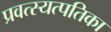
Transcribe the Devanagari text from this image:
प्रवत्स्यत्पतिका